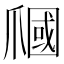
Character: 𤔩